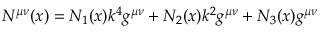
N ^ { \mu \nu } ( x ) = N _ { 1 } ( x ) k ^ { 4 } g ^ { \mu \nu } + N _ { 2 } ( x ) k ^ { 2 } g ^ { \mu \nu } + N _ { 3 } ( x ) g ^ { \mu \nu }